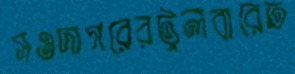
সওদাগরেরটুলবারেত